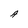
Character: A